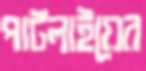
পাটলাইয়ের